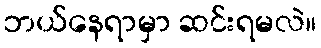
ဘယ်နေရာမှာ ဆင်းရမလဲ။